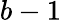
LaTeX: b-1